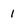
Character: 1